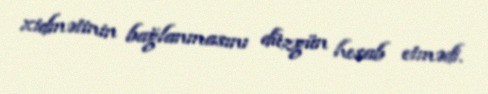
xidmətinin bağlanmasını düzgün hesab etmədi.